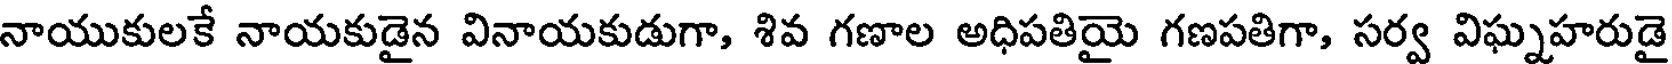
నాయుకులకే నాయకుడైన వినాయకుడుగా, శివ గణాల అధిపతియై గణపతిగా, సర్వ విఘ్నహరుడై